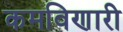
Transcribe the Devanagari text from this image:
कमविणारी